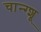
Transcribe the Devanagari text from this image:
चान्ग्शू